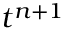
t ^ { n + 1 }